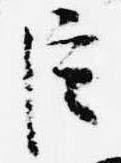
臣